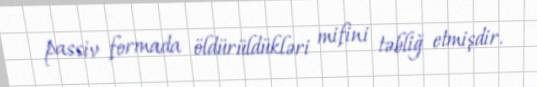
passiv formada öldürüldükləri mifini təbliğ etmişdir.